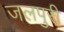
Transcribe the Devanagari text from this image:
जलपुरी